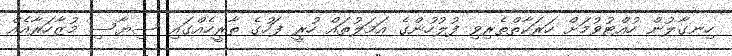
ހިނގާލުން ހުއްޓުވުމަށް ހަރަކާތްތެރިވި ފުލުހުންގެ އަމަލުތައް ހުރީ ފަހުގެ ތާރީހެއްގައި ސިޔާސި މުޒާހަރާއެއް